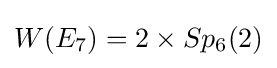
W(E_{7})=2\times Sp_{6}(2)